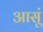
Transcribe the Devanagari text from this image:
आसूं